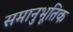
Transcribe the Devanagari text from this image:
समानुभूतिक